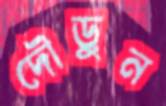
দৌড়ুন